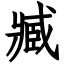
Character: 臧